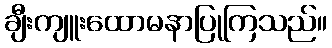
ချီးကျူးထောမနာပြုကြသည်။